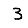
Digit: 3